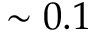
\sim 0 . 1